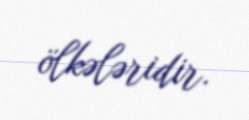
ölkələridir.